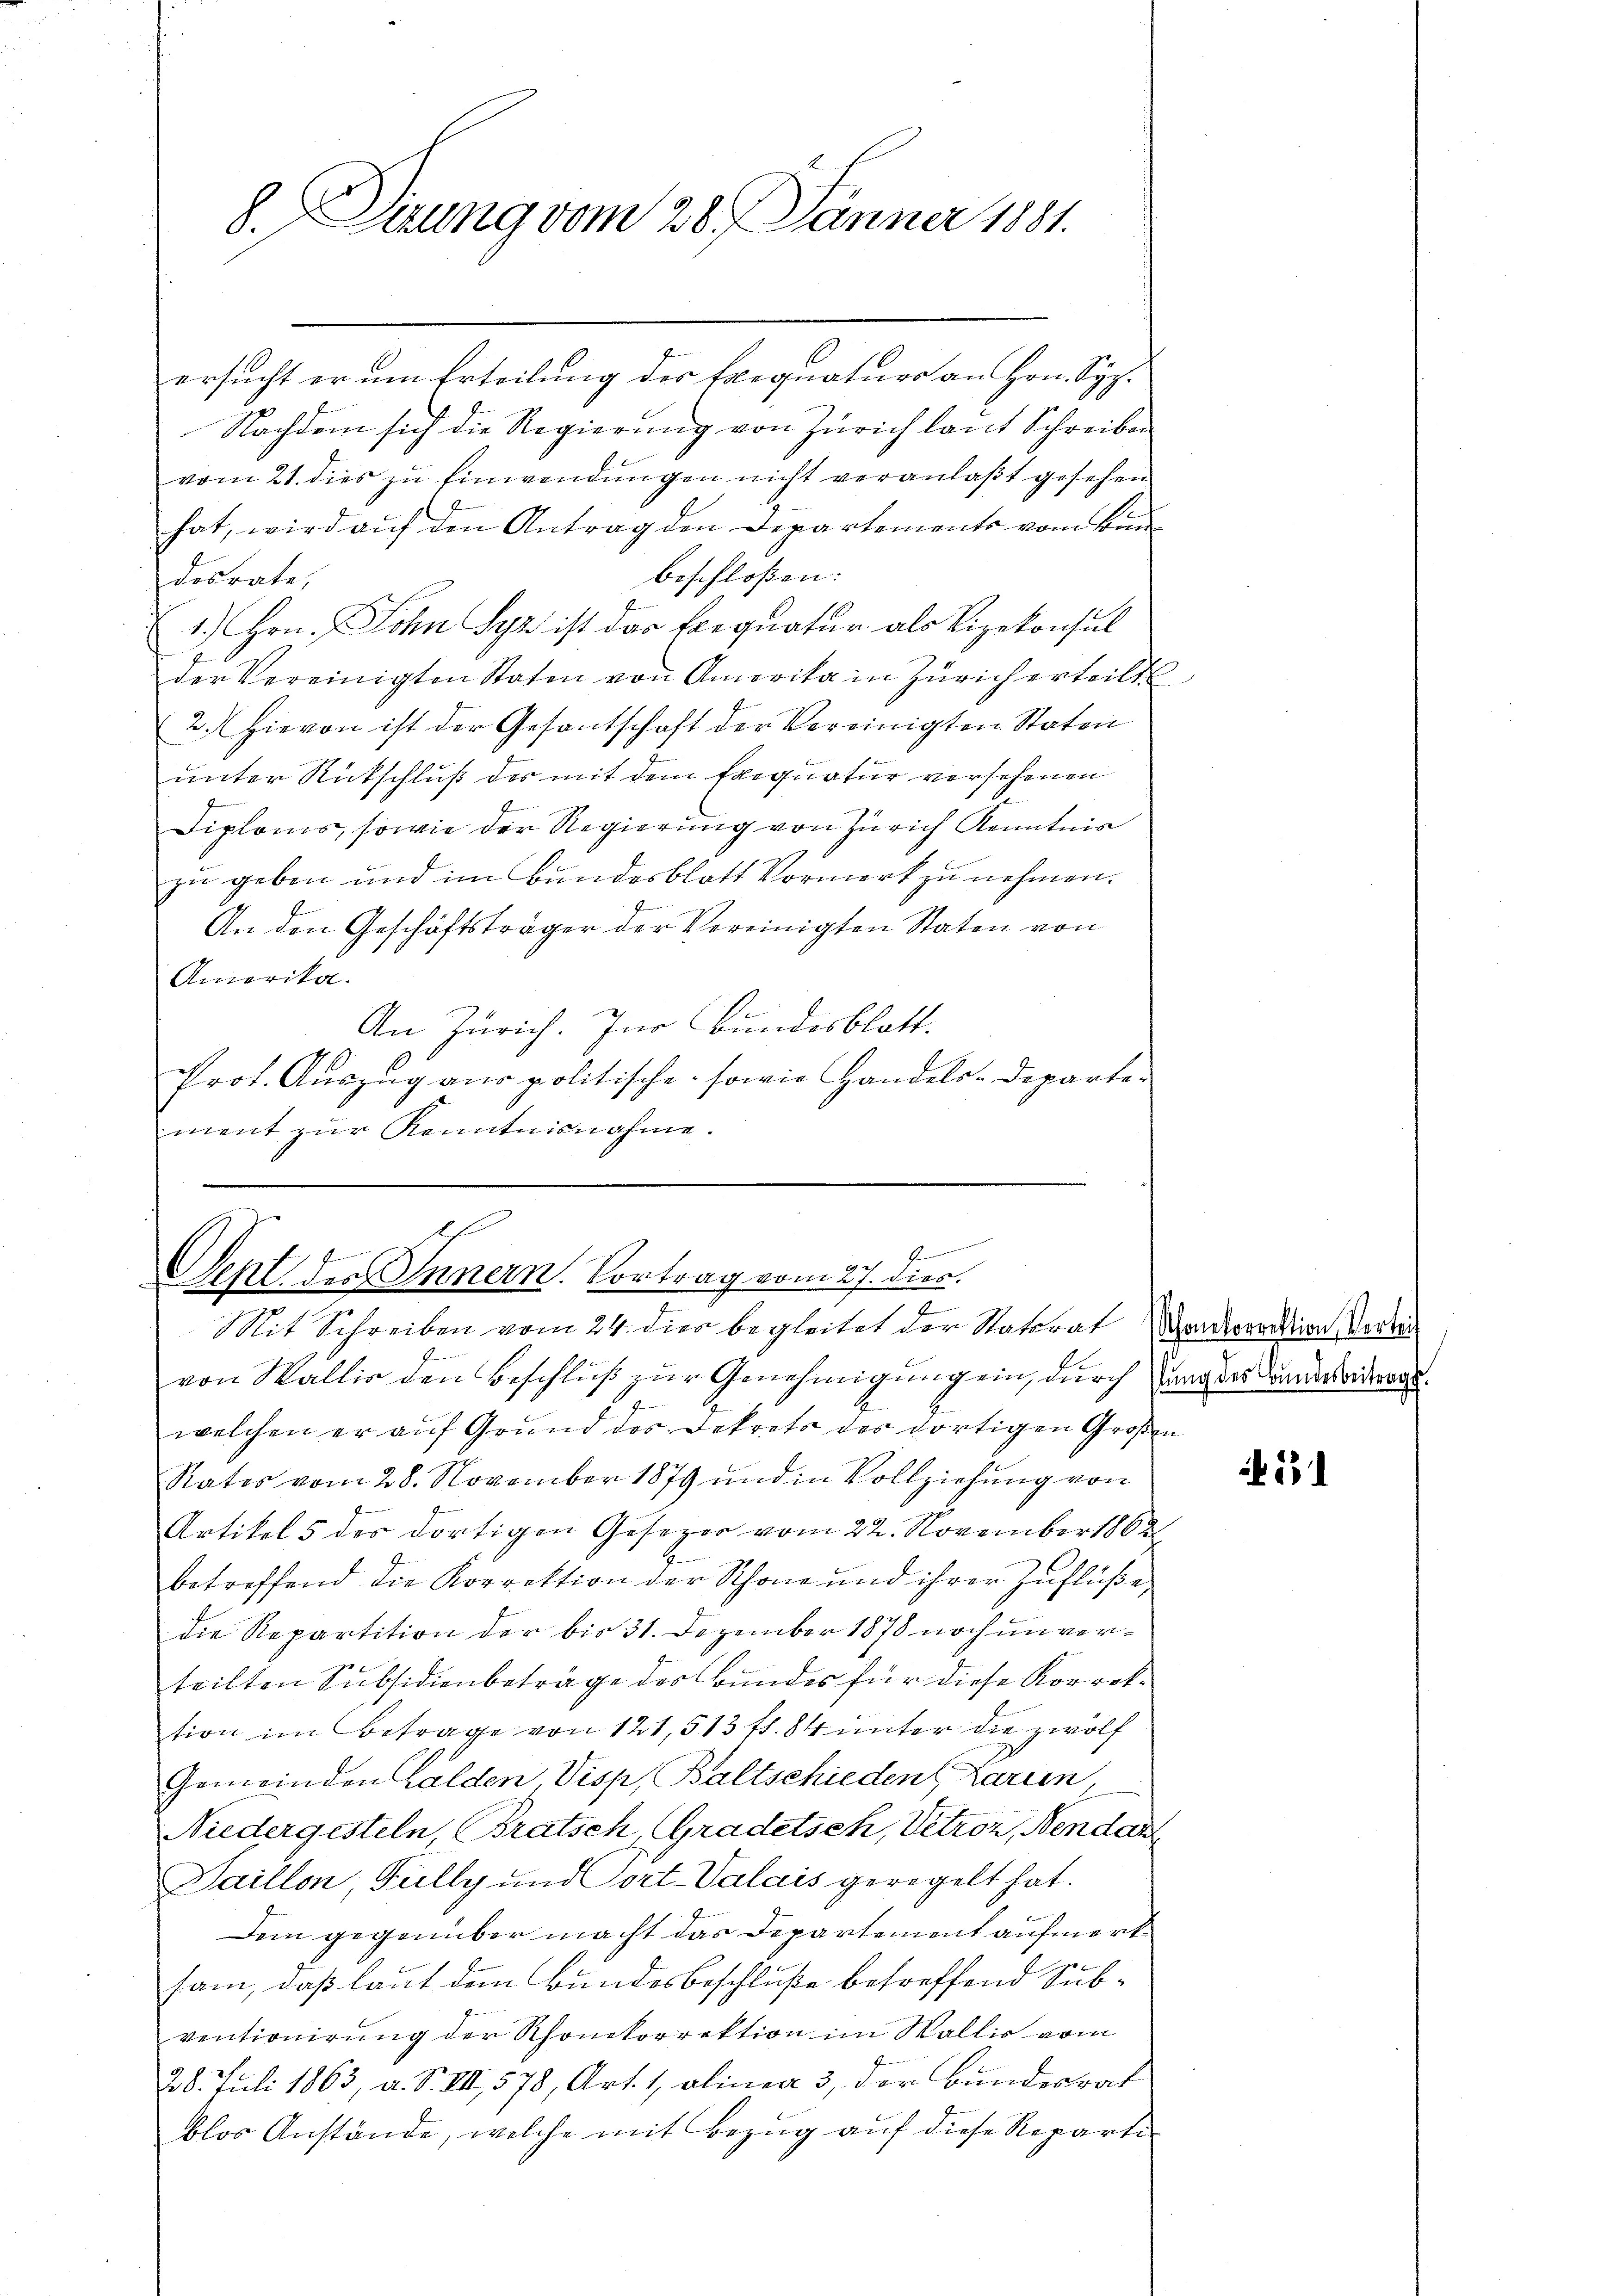
8. Dierung vom 28. Jänner 1881.

ersucht er um Erteilung des Exequaturs an Hrn. Syz.
Nachdem sich die Regierung von Zürich laut Schreiben
vom 21. dies zu Einwendungen nicht veranlaßt gesehen
hat, wird aŭf den Antrag den Departements vom kan
beschloßen:
desrate,
1.) Hrn. Sohn Syz ist das Exequatur als Vizekonsul
der Vereinigten Staten von Amerika in Zürich erteilt
2. Hievon ist der Gesantschaft der Vereinigten Staten
unter Rückschluß des mit dem Exequatur versehenen
Diploms, sowie der Regierung von Zürich Kenntnis
zu geben und im Bundesblatt Vormerk zu nehmen.
An den Geschäftsträger der Vereinigten Staten von
Anierika.
An Zürich. Zur Bundesblatt.
Prot. Auszug aus politische sowie Handels-Departe-
ment zur Kenntnisnahme.

4
ve
Oeht der Innern. Vortrag vom 27. dies
e
Mit Schreiben vom 24. dies begleitet der Statsrat

von Wallis den Beschluß zur Genehmigung ein, durch trag der anderertrags
welchen er auf Grund des Dekrets des dortigen Großen
Rates vom 28. November 1879 und in Vollziehung von
Artikel 5 des dortigen Gesezer vom 22. November 1862
betreffend die Korrektion der Schöne und ihrer Zuflüße
die Repartition der bis 31. Dezember 1878 noch unverteilten Subsidienbeträge des Bundes für diese Korrektion im Betrage von 121, 513 ff. 84 unter die zwölf
Gemeinden Walden Visp, Baltschieden Larien,
Niedergesteln, Bratsch, Gradetsch, Vetroz, Nendan
Saillon, Fully und Port. Valais geregelt hat.
Dem gegenüber macht das Departement aufmerksam, daß laut dem Bundesbeschluße betreffend Subventionirung der Rhonkorrektion im Wallis vom
28. Juli 1863, a. S. VII, 578, Art. 1, olinea 3, der Bundesrat
blos Anstände, welche mit Bezug auf diese Reparti

Schonetorrektion, Verlei

531